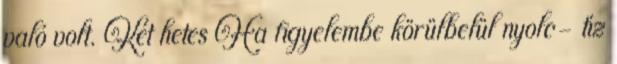
való volt. Két hetes Ha figyelembe körülbelül nyolc- tíz